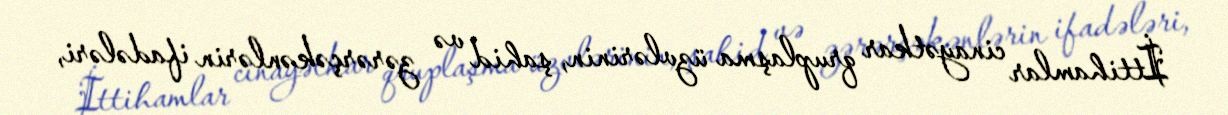
İttihamlar cinayətkar qruplaşma üzvlərinin, şahid və zərərçəkənlərin ifadələri,